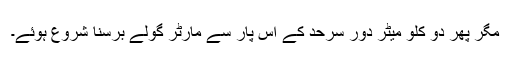
مگر پھر دو کلو میٹر دور سرحد کے اس پار سے مارٹر گولے برسنا شروع ہوئے۔